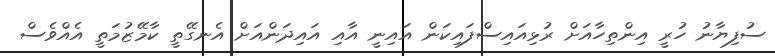
ސުފިޔާނު ހުރީ އިންތިހާއަށް ރުޅިއައިސްފައިކަން އައިނީ އާއި އައިދަންއަށް އެނގޭތީ ކާމޭޒުމަތީ އެއްވެސް